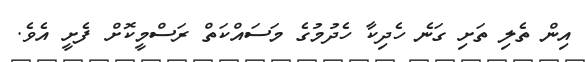
އިން ތެލި ތަށި ގަނެ ހެދިކާ ހެދުމުގެ މަސައްކަތް ރަސްމީކޮށް ފެށީ އެވެ.